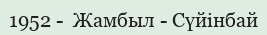
1952 -  Жамбыл - Сүйінбай